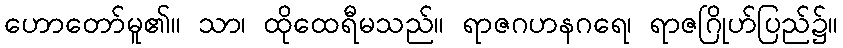
ဟောတော်မူ၏။ သာ၊ ထိုထေရီမသည်။ ရာဇဂဟနဂရေ၊ ရာဇဂြိုဟ်ပြည်၌။